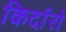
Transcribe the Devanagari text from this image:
किर्दारो